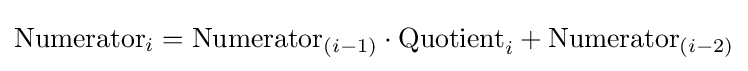
{\text{Numerator}}_{i}={\text{Numerator}}_{(i-1)}\cdot {\text{Quotient}}_{i}+{\text{Numerator}}_{(i-2)}